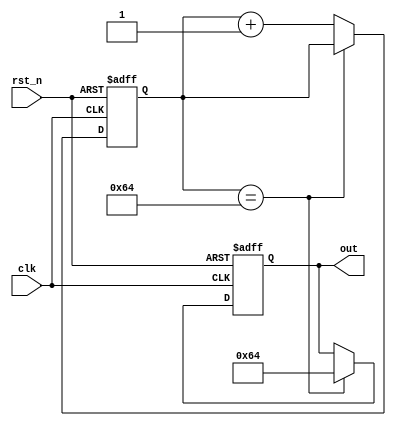
module step_val(
    input clk,rst_n,
    output reg[BIT_WIDTH-1:0] out
);

parameter BIT_WIDTH = 21;
parameter CNT_WIDTH = 31;
parameter [BIT_WIDTH-1:0] INITIAL_VAL = 20;
parameter [BIT_WIDTH-1:0] FINAL_VAL = 100;
parameter [CNT_WIDTH-1:0] STEP_TIME = 100;

reg [CNT_WIDTH-1:0]step_cnt;
reg [2:0] state;
reg [2:0] state_next;
wire counter_done = (step_cnt == STEP_TIME);

always @(posedge clk or negedge rst_n)begin
    if(!rst_n)begin
        step_cnt <= 0;
    end
    else
        step_cnt <= counter_done?step_cnt:(step_cnt+1);
end

always @(posedge clk or negedge rst_n)begin
    if(!rst_n)begin
        out <= INITIAL_VAL;
    end
    else begin
        if(counter_done)
            out <= FINAL_VAL;
        else
            out <= out;
    end
end
endmodule